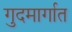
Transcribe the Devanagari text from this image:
गुदमार्गात